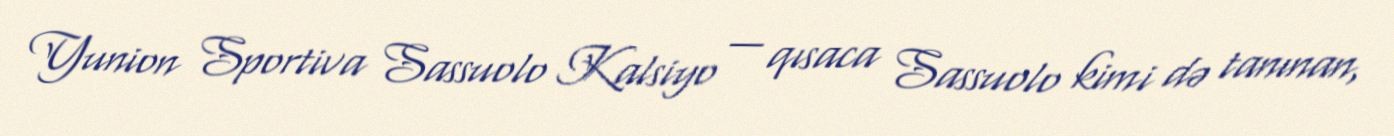
Yunion Sportiva Sassuolo Kalsiyo — qısaca Sassuolo kimi də tanınan,